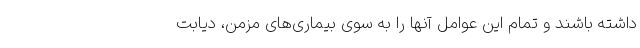
داشته باشند و تمام این عوامل آنها را به سوی بیماری‌های مزمن، دیابت